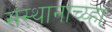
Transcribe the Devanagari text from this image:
संस्थानाच्य्हा